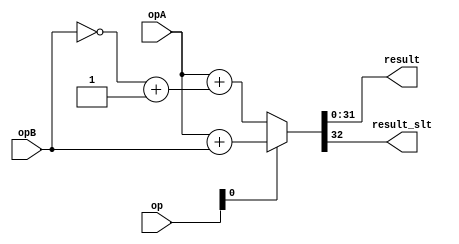
module addersub_2 (
            opA, opB,
            op, 
            result,
            result_slt );
parameter WIDTH=32;
input [WIDTH-1:0] opA;
input [WIDTH-1:0] opB;
input [3-1:0] op;
output [WIDTH-1:0] result;
output result_slt;
wire carry_out;
reg [WIDTH:0] sum;
wire is_slt;
wire signext;
wire addsub;
assign is_slt=op[2];
assign signext=op[1];
assign addsub=op[0];
assign result=sum[WIDTH-1:0];
assign result_slt=sum[WIDTH];
wire [WIDTH-1:0] oA;
wire [WIDTH-1:0] oB;
wire [WIDTH-1:0] o_B;
assign oA = {signext&opA[WIDTH-1],opA};
assign oB = {signext&opB[WIDTH-1],opB};
assign o_B = ~{signext&opB[WIDTH-1],opB} + 1'b1;
always @(*) begin
	if(addsub == 1'b1) begin
		sum = oA + oB;
	end else begin
		sum = oA + o_B;
	end
end
assign carry_out=sum[WIDTH];
endmodule